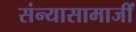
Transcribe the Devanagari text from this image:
संन्यासामाजीं